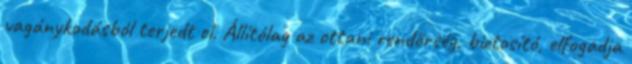
vagánykodásból terjedt el. Állítólag az ottani rendőrség, biztosító, elfogadja